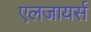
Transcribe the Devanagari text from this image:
एलजायर्स